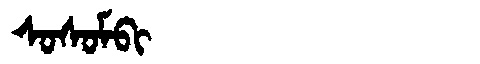
Manchu: ᠰᠣᠰᠣᠮᠪᡳ
Romanization: SOSOMBI